Veterinary [1916] -
Year: 1916
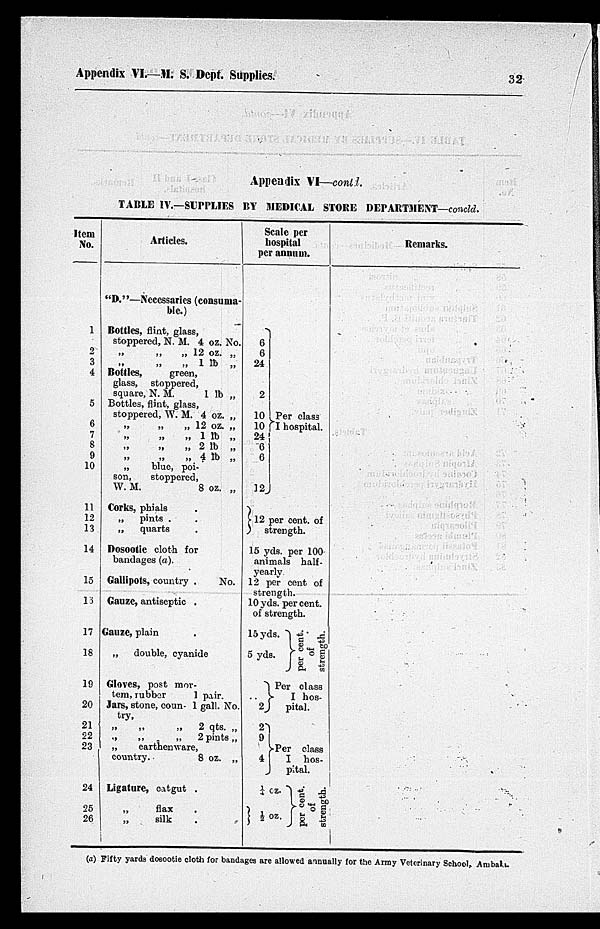
Appendix VI.—M. S. Dept. Supplies.
32
Appendix VI—contd.
TABLE IV.—SUPPLIES BY MEDICAL STORE DEPARTMENT—concld.
Item No.
1
2
3
4
5
6
7
8
9
10
11
12
13
14
15
16
17
18
19
20
21
22
23
24
25
26
Articles.
" D."—Necessaries (consuma-
ble.)
Bottles, flint, glass,
stoppered, N. M. 4 oz. No.
„ „ „ 12 oz. „
„ „ „ 1 lb „
Bottles,
green,
glass, stoppered,
square, N. M.
1 lb „
Bottles, flint, glass,
stoppered, W. M. 4 oz. „
„ „ „ 12 oz. „
„ „ „ 1 lb „
„ „ „ 2 lb „
„ „ „ 4 lb „
„
blue, poi-
son,
stoppered,
W. M.
8 oz. „
Corks, phials .
„
pints . .
„
quarts .
Dosootic cloth for
bandages (a).
Gallipots, country .
No.
Gauze, antiseptic .
Gauze, plain .
„
double, cyanide
Gloves, post mor-
tem, rubber
1
pair.
Jars, stone, coun- 1 gall. No.
try.
„ „
„
2 qts. „
„
„
„
2 pints „
„
earthenware,
country.
8 oz. „
Ligature, catgut .
„ flax .
„ silk .
Scale per
hospital
per annum.
6
6
24
2
10 } Per class
10 I hospital.
24
6
6
12
}12 per cent. of
strength.
15 yds. per 100
animals half-
yearly
12 per cent of
strength.
10 yds. per cent.
of strength.
15 yds. }
5 yds.
.. }
2
2 }
9
4
¼ cz. }
} ½ oz.
per cent.
of
strength.
Per class
I hos-
pital.
Per class
hos-
pital.
per cent.
of
strength.
Remarks.
(a) Fifty yards dosootie cloth for bandages are allowed annually for the Army Veterinary School, Ambala.